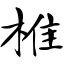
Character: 椎